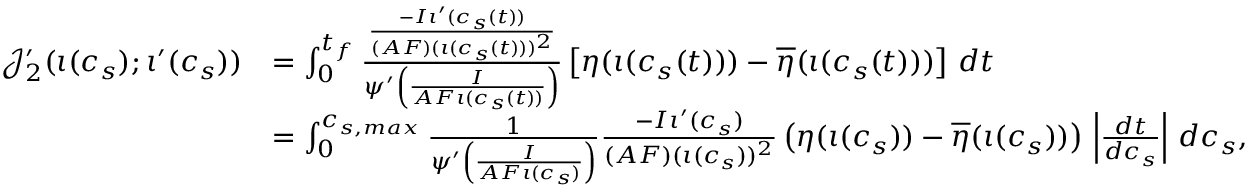
\begin{array} { r l } { \mathcal { J } _ { 2 } ^ { \prime } ( \iota ( c _ { s } ) ; \iota ^ { \prime } ( c _ { s } ) ) } & { = \int _ { 0 } ^ { t _ { f } } \frac { \frac { - I \iota ^ { \prime } ( c _ { s } ( t ) ) } { ( A F ) ( \iota ( c _ { s } ( t ) ) ) ^ { 2 } } } { \psi ^ { \prime } \left( \frac { I } { A F \iota ( c _ { s } ( t ) ) } \right) } \left[ \eta ( \iota ( c _ { s } ( t ) ) ) - \overline { { \eta } } ( \iota ( c _ { s } ( t ) ) ) \right] \, d t } \\ & { = \int _ { 0 } ^ { c _ { s , m a x } } \frac { 1 } { \psi ^ { \prime } \left( \frac { I } { A F \iota ( c _ { s } ) } \right) } \frac { - I \iota ^ { \prime } ( c _ { s } ) } { ( A F ) ( \iota ( c _ { s } ) ) ^ { 2 } } \left( \eta ( \iota ( c _ { s } ) ) - \overline { { \eta } } ( \iota ( c _ { s } ) ) \right) \, \left| \frac { d t } { d c _ { s } } \right| \, d c _ { s } , } \end{array}